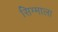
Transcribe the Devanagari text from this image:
सिग्माला